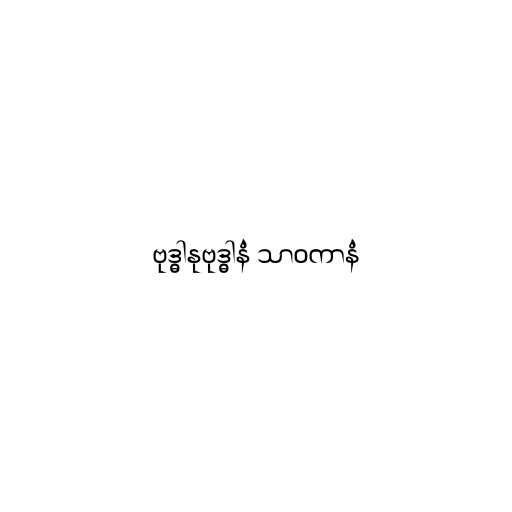
ဗုဒ္ဓါနုဗုဒ္ဓါနံ သာဝကာနံ